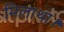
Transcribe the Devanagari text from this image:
मिलाथा।